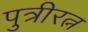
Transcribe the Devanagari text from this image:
पुत्रीरत्न